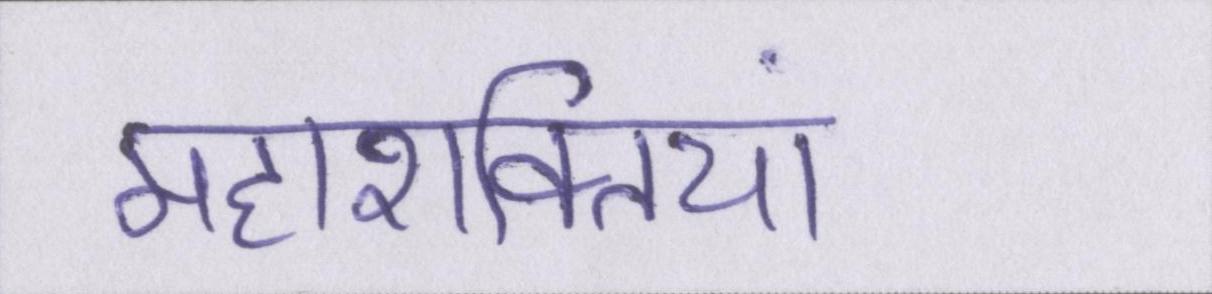
महाशक्तियां